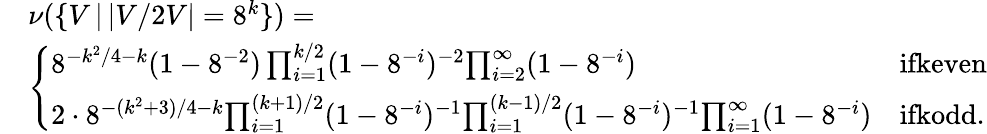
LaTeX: \begin{array}{rl}&{\nu(\{ V\, |\, |V/2V|=8^{k}\} )=}\\ &{\left\{ \begin{array}{ll}{8^{-k^{2}/4-k}(1-8^{-2})\prod_{i=1}^{k/2}(1-8^{-i})^{-2}{\prod_{i=2}^{\infty}(1-8^{-i})}}&{\textrm{ifkeven}}\\ {2\cdot 8^{-(k^{2}+3)/4-k}{\prod_{i=1}^{(k+1)/2}(1-8^{-i})^{-1}}{\prod_{i=1}^{(k-1)/2}(1-8^{-i})^{-1}}{\prod_{i=1}^{\infty}(1-8^{-i})}}&{\textrm{ifkodd.}}\end{array}\right.}\end{array}